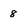
Character: 8